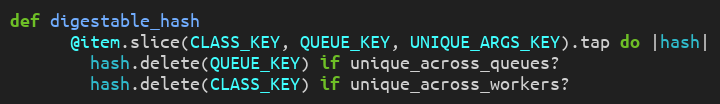
Language: Ruby
def digestable_hash
      @item.slice(CLASS_KEY, QUEUE_KEY, UNIQUE_ARGS_KEY).tap do |hash|
        hash.delete(QUEUE_KEY) if unique_across_queues?
        hash.delete(CLASS_KEY) if unique_across_workers?